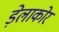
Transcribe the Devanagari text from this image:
ड़ेलाकोर